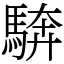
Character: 𩣺